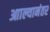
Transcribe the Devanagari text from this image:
आाल्यानंतर